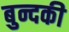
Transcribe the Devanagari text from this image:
बुन्दकी